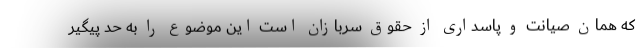
که همان صیانت و پاسداری از حقوق سربازان است این موضوع را به حد پیگیر